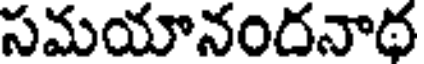
సమయానందనాథ